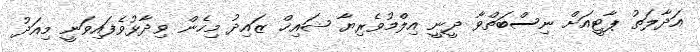
އަދާލަތު ޕާޓީއަށް ނިސްބަތްވާ ދީނީ އިލްމުވެރިޔާ ޝައިޚް ޒައިދު މިހެން ވިދާޅުވެފައިވަނީ މިއަދު